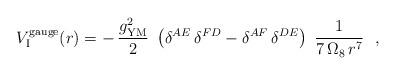
LaTeX: \begin{align*}{V}_{\rm I}^{\rm gauge}(r) =-\, \frac{g_{\rm YM}^2}{2}~\left(\delta^{AE}\,\delta^{FD}-\delta^{AF}\,\delta^{DE}\right)~\frac{1}{7\,\Omega_8\,r^7}~~,\end{align*}